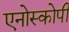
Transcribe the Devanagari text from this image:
एनोस्कोपी